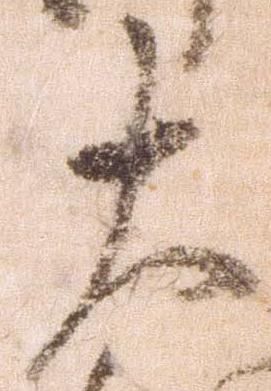
大